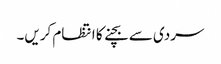
سردی سے بچنے کا انتظام کریں۔